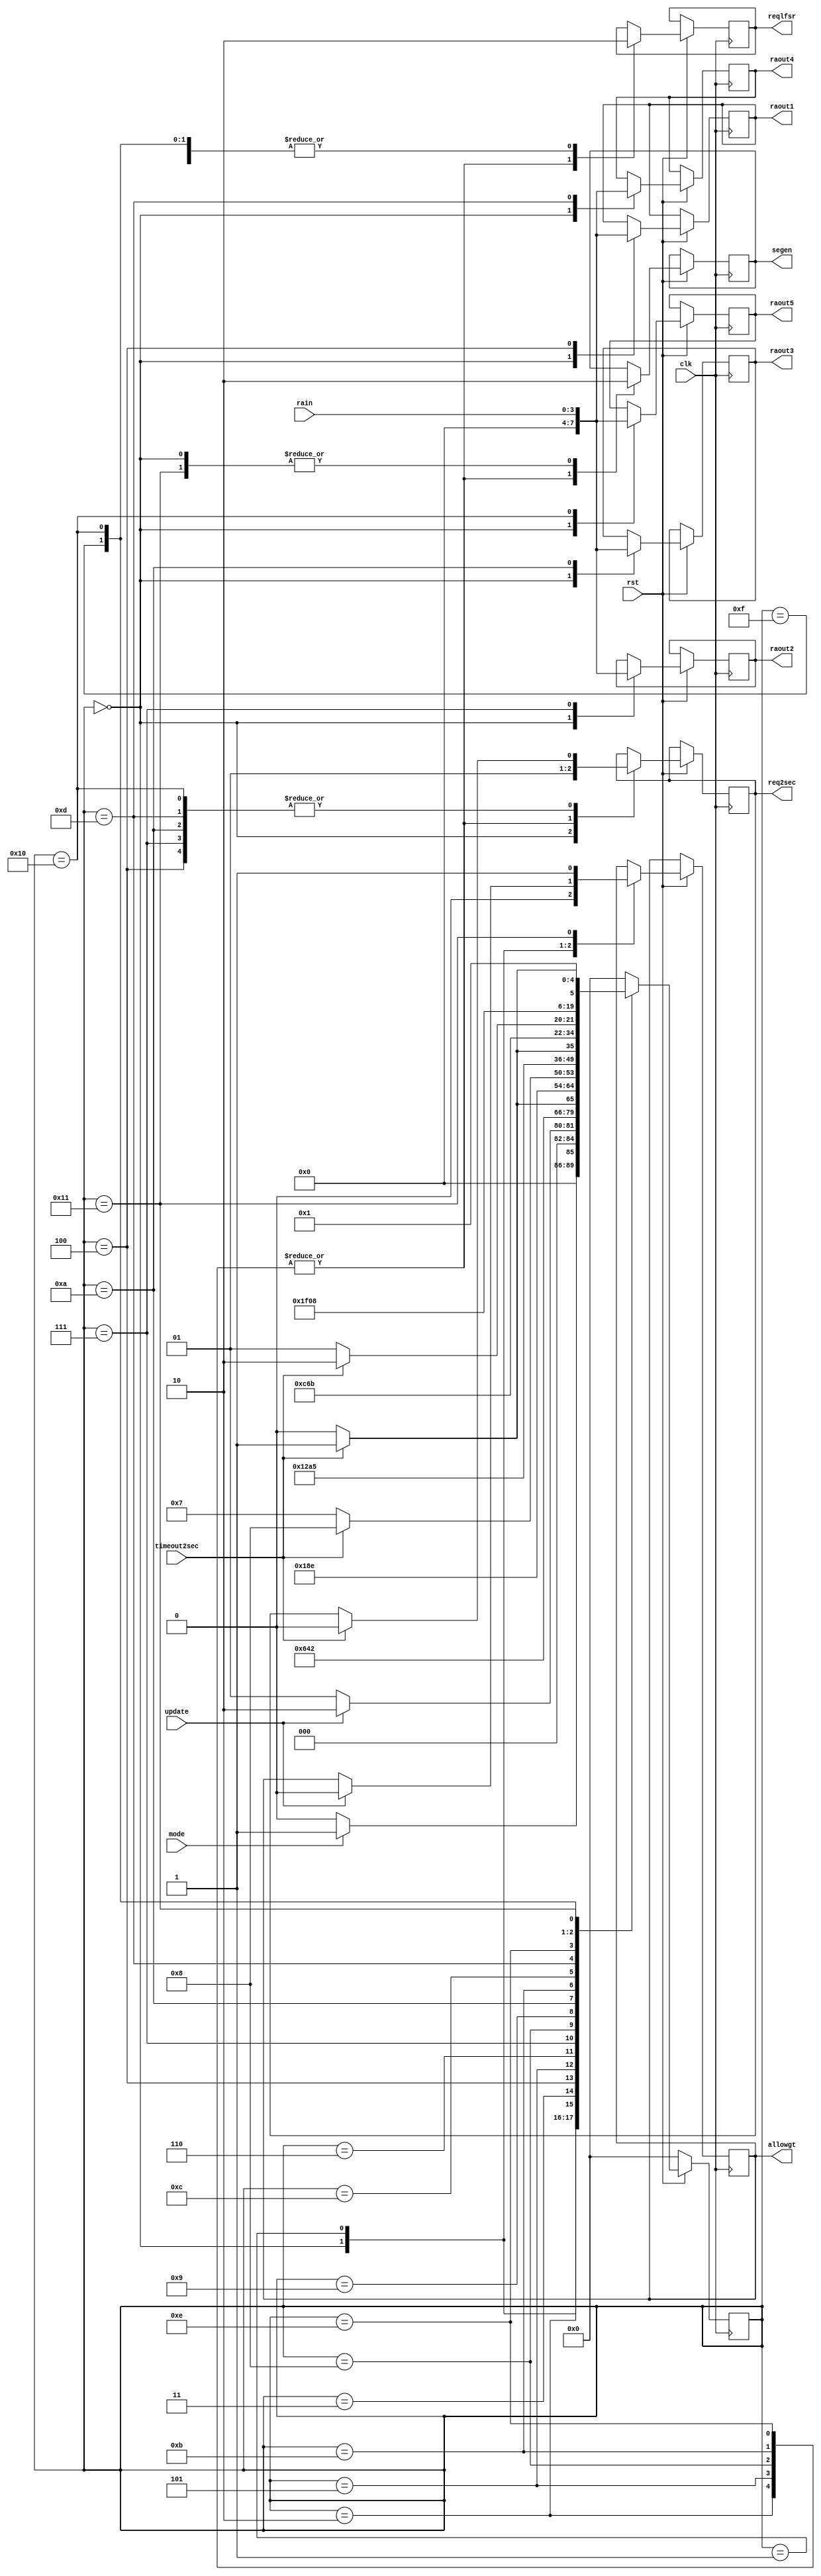

module gamecontroller(clk, rst, mode, update, timeout2sec, rain, reqlfsr, req2sec, allowgt, raout1, raout2, raout3, raout4, raout5, segen);
input clk, rst, mode, update, timeout2sec;
input [3:0]rain;
output reg reqlfsr, req2sec, allowgt, segen;
output reg [3:0]raout1, raout2, raout3, raout4, raout5;
parameter init=0, start=1, request1=2, waitc1=4, load1=3, request2=5, waitc2=7, load2=6, request3=8, waitc3=10, load3=9, request4=11, waitc4=13, 
load4=12, request5=14, waitc5=16, load5=15, stop=17;
reg [4:0]state;
always @(posedge clk)
  begin
    if(rst==0)
      begin
        state<=init;
      end
    else
      begin
        case(state)
          init:
            begin
              reqlfsr<=0;
              req2sec<=0;
              allowgt<=0;
              segen<=0;
              raout1<=4'h0;
              raout2<=4'h0;
              raout3<=4'h0;
              raout4<=4'h0;
              raout5<=4'h0;
              if(mode==1)
                begin
                  state<=start;
                end
              else
                begin
                  state<=init;
                end
            end
          start:
            begin
              if(update==1)
                begin
                  allowgt<=0;
                  state<=request1;
                end
              else
                begin
                  state<=start;
                end
            end
          request1:
            begin
              reqlfsr=1'b1;
              segen<=1;
              req2sec<=1;
              state<=load1;
            end
          load1:
            begin
              reqlfsr<=1'b0;
              state<=waitc1;
            end
          waitc1:
            begin
              reqlfsr<=1'b0;
              raout1<=rain;
              if(timeout2sec==1)
                begin
                  req2sec<=0;
                  state<=request2;
                end
              else
                begin
                  state<=waitc1;
                end
            end
          request2:
            begin
              reqlfsr=1'b1;
              segen<=1;
              req2sec<=1;
              state<=load2;
            end
         load2:
            begin
              reqlfsr<=1'b0;
              state<=waitc2;
            end
          waitc2:
            begin
              reqlfsr<=1'b0;
              raout2<=rain;
              if(timeout2sec==1)
                begin
                  req2sec<=0;
                  state<=request3;
                end
              else
                begin
                  state<=waitc2;
                end
            end
          request3:
            begin
              reqlfsr=1'b1;
              segen<=1;
              req2sec<=1;
              state<=load3;
            end
         load3:
            begin
              reqlfsr<=1'b0;
              state<=waitc3;
            end
          waitc3:
            begin
              reqlfsr<=1'b0;
              raout3<=rain;
              if(timeout2sec==1)
                begin
                  req2sec<=0;
                  state<=request4;
                end
              else
                begin
                  state<=waitc3;
                end
            end
          request4:
            begin
              reqlfsr=1'b1;
              segen<=1;
              req2sec<=1;
              state<=load4;
            end
          load4:
            begin
              reqlfsr<=1'b0;
              state<=waitc4;
            end
          waitc4:
            begin
              reqlfsr<=1'b0;
              raout4<=rain;
              if(timeout2sec==1)
                begin
                  req2sec<=0;
                  state<=request5;
                end
              else
                begin
                  state<=waitc4;
                end
            end
          request5:
            begin
              reqlfsr=1'b1;
              segen<=1;
              req2sec<=1;
              state<=load5;
            end
          load5:
            begin
              reqlfsr<=1'b0;
              state<=waitc5;
            end
          waitc5:
            begin
              reqlfsr<=1'b0;
              raout5<=rain;
              if(timeout2sec==1)
                begin
                  req2sec<=0;
                  state<=stop;
                end
              else
                begin
                  state<=waitc5;
                end
            end
          stop:
            begin
              allowgt<=1;
              segen<=0;
              state<=start;
            end
          default:
            begin
              state<=init;
            end
        endcase
      end
  end
endmodule